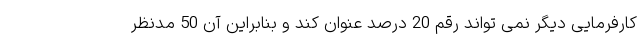
کارفرمایی دیگر نمی تواند رقم 20 درصد عنوان کند و بنابراین آن 50 مدنظر